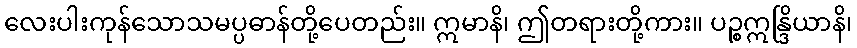
လေးပါးကုန်သောသမပ္ပဓာန်တို့ပေတည်း။ ဣမာနိ၊ ဤတရားတို့ကား။ ပဉ္စဣန္ဒြိယာနိ၊